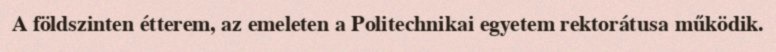
A földszinten étterem, az emeleten a Politechnikai egyetem rektorátusa működik.